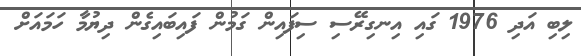
ލިބި އަދި 1976 ގައި އިނގިރޭސި ސިފައިން ގަމުން ފައިބައިގެން ދިޔުމާ ހަމައަށް